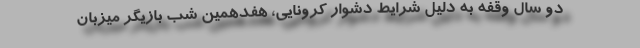
دو سال وقفه به دلیل شرایط دشوار کرونایی، هفدهمین شب بازیگر میزبان